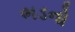
ભડનો